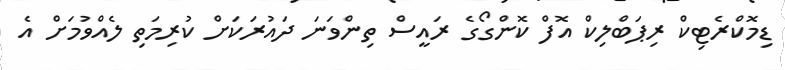
ޑިމޮކްރެޓިކް ރިޕަބްލިކް އޮފް ކޮންގޯގެ ރައީސް ތިންވަނަ ދައުރަކަށް ކުރިމަތި ލެއްވުމަށް އެ